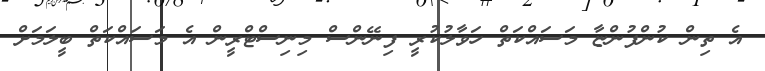
އެ ތިން ކުންފުންޏާ މަސައްކަތް ހަވާލުކުރީ ފިނޭންސް މިނިސްޓްރީން އެ މަސައްކަތް ބީލަމަށް